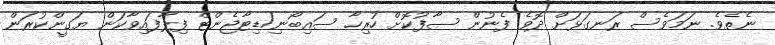
ނެތެވެ. ނަމަވެސް ރަނގަޅަށް ދޮވެ ފެނުން ސާފުކޮށް ހުރިހާ ސައިބޯނި/ޑިޓާޖެންޓް ފިލާފައިވާކަން ޔަގީންކުރަން